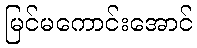
မြင်မကောင်းအောင်